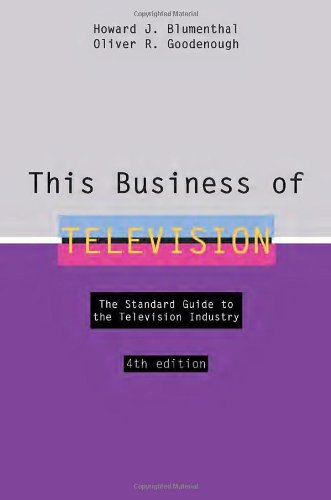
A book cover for This Business of Television; Howard J. Blumenthal; Humor & Entertainment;